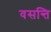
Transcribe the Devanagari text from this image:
वसन्ति